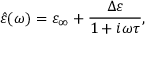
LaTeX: { \hat { \varepsilon } } ( \omega ) = \varepsilon _ { \infty } + { \frac { \Delta \varepsilon } { 1 + i \omega \tau } } ,